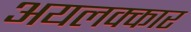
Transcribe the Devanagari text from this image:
अयलक्कार